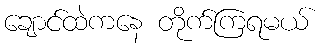
ချောင်ထဲကနေ တိုက်ကြရမယ်